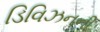
ડિવિઝનની